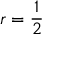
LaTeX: r = { \frac { 1 } { 2 } }